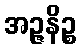
အဉ္ဇနိဉ္စ